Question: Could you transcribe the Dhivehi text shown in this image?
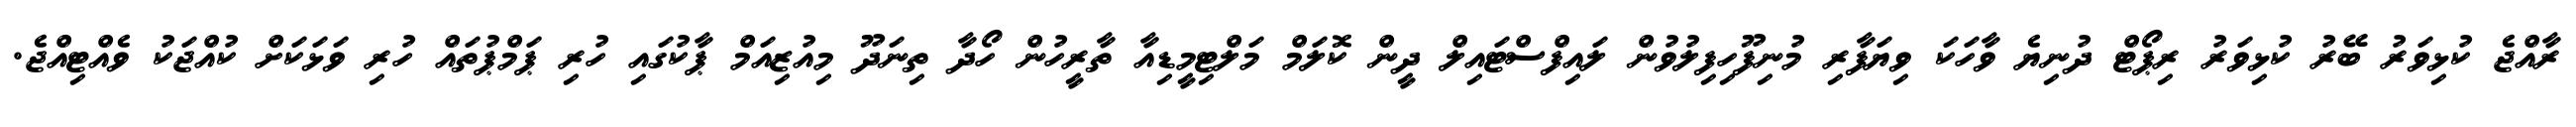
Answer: ރާއްޖެ ކުޅިވަރު ބޭރު ކުޅިވަރު ރިޕޯޓް ދުނިޔެ ވާހަކަ ވިޔަފާރި މުނިފޫހިފިލުވުން ލައިފްސްޓައިލް ދީން ކޮލަމް މަލްޓިމީޑިއާ ތާރީހުން ހޯދާ ތިނަދޫ މިއުޒިއަމް ޕާކުގައި ހުރި ޕަމްޕުތައް ހުރި ވަޅަކަށް ކުއްޖަކު ވެއްޓިއްޖެ.